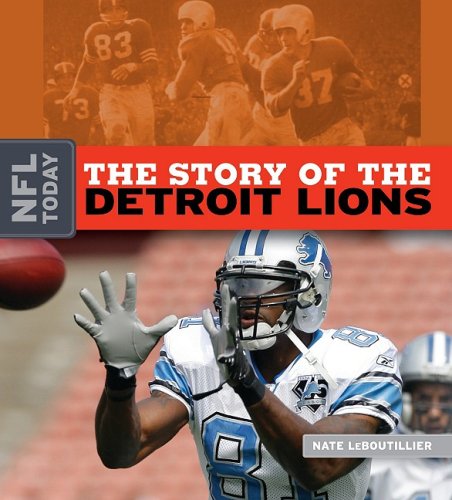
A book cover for The Story of the Detroit Lions (NFL Today (Creative)); Nate LeBoutillier; Teen & Young Adult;